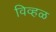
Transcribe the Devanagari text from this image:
विव्हळ